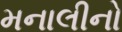
મનાલીનો